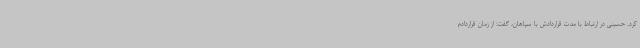
کرد. حسینی در ارتباط با مدت قراردادش با سپاهان، گفت: از زمان قراردادم